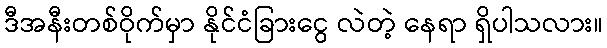
ဒီအနီးတစ်ဝိုက်မှာ နိုင်ငံခြားငွေ လဲတဲ့ နေရာ ရှိပါသလား။